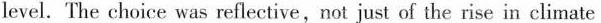
level.The choice was reflective, not just of the rise in climate